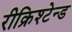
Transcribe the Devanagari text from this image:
रीक्रिश्टेन्ड